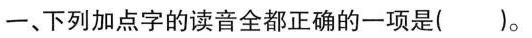
一、下列加点字的读音全都正确的一项是()。